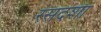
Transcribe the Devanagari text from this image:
रसदशा